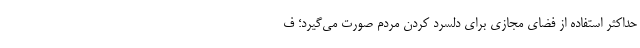
حداکثر استفاده از فضای مجازی برای دلسرد کردن مردم صورت می‌گیرد؛ ف